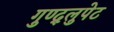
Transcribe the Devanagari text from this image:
गुण्द्लुपेट